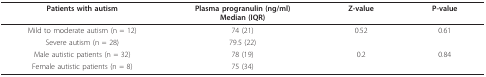
| Patients with autism | Plasma progranulin (ng/ml)Median (IQR) | Z-value | P-value |
 | --- | --- | --- | --- |
 | Mild to moderate autism (n = 12) | 74 (21) | 0.52 | 0.61 |
 | Severe autism (n = 28) | 79.5 (22) |  |  |
 | Male autistic patients (n = 32) | 78 (19) | 0.2 | 0.84 |
 | Female autistic patients (n = 8) | 75 (34) |  |  |